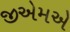
જીએમએ